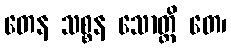
တေန သစ္စန သောတ္ထိ တေ၊